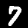
Digit: 7